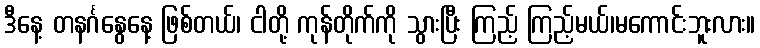
ဒီနေ့ တနင်္ဂနွေနေ့ ဖြစ်တယ်၊ ငါတို့ ကုန်တိုက်ကို သွားပြီး ကြည့် ကြည့်မယ်၊မကောင်းဘူးလား။